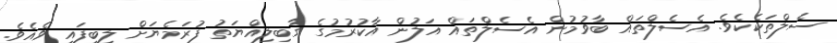
ސެލްތަކެކެވެ. އެސެލްތައް ބާވުމުން އެސެލްތައް އަލުން އާކުރުމުގެ ގާބިލިއްޔަތު ފުރަމެޔަށް ލިބިފައި ވެއެވެ.